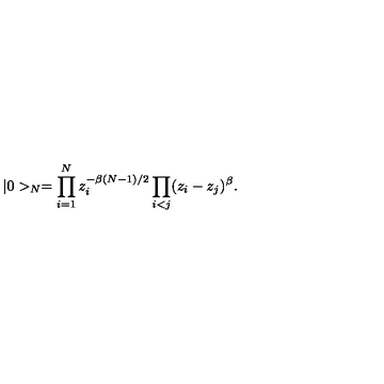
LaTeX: | 0 > _ { N } = \prod _ { i = 1 } ^ { N } z _ { i } ^ { - \beta ( N - 1 ) / 2 } \prod _ { i < j } ( z _ { i } - z _ { j } ) ^ { \beta } .